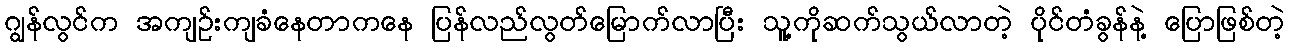
ဂျွန်လွင်က အကျဉ်းကျခံနေတာကနေ ပြန်လည်လွတ်မြောက်လာပြီး သူ့ကိုဆက်သွယ်လာတဲ့ ပိုင်တံခွန်နဲ့ ပြောဖြစ်တဲ့